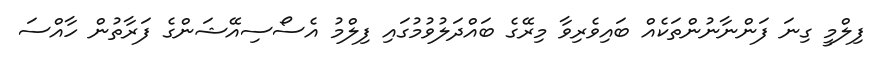
ފިލްމީ ގިނަ ފަންނާނުންތަކެއް ބައިވެރިވާ މިރޭގެ ބައްދަލުވުމުގައި ފިލްމު އެސޯސިއޭޝަންގެ ފަރާތުން ހާއްސަ